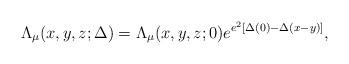
LaTeX: \begin{align*}\Lambda_\mu(x,y,z;\Delta) = \Lambda_\mu(x,y,z;0) e^{e^2\left[\Delta(0) - \Delta(x - y)\right]}, \end{align*}